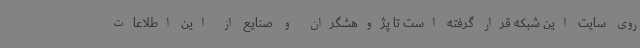
روی سایت این شبکه قرار گرفته است تا پژوهشگران و صنایع از این اطلاعات